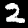
Label: 2